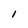
Character: 1